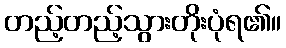
တည့်တည့်သွားတိုးပုံရ၏။